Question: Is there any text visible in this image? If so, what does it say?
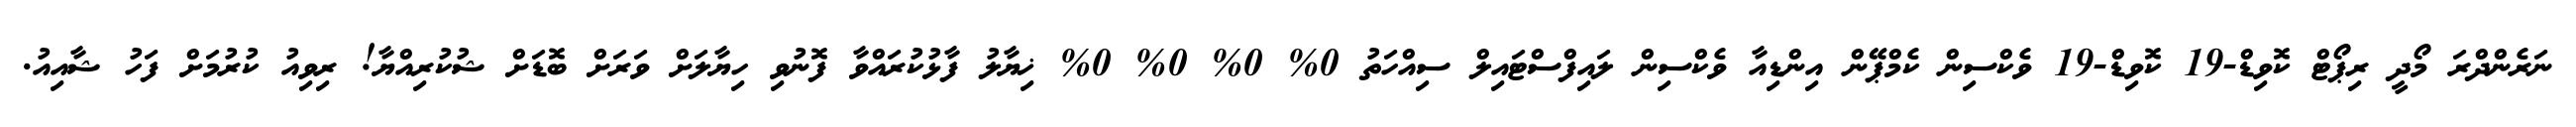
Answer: ނަރެންދްރަ މޯދީ ރިޕޯޓް ކޮވިޑް-19 ކޮވިޑް-19 ވެކްސިން ކެމްޕޭން އިންޑިއާ ވެކްސިން ލައިފްސްޓައިލް ސިއްހަތު 0% 0% 0% 0% ޚިޔާލު ފާޅުކުރައްވާ ފޮނުވި ހިޔާލަށް ވަރަށް ބޮޑަށް ޝުކުރިއްޔާ! ރިވިއު ކުރުމަށް ފަހު ޝާއިއު.